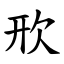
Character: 㰢